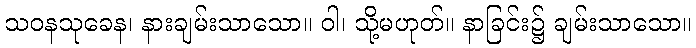
သဝနသုခေန၊ နားချမ်းသာသော။ ဝါ၊ သို့မဟုတ်။ နာခြင်း၌ ချမ်းသာသော။